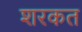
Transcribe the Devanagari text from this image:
शरकत